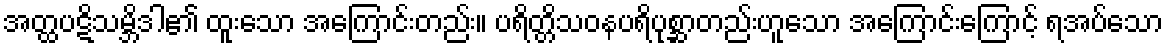
အတ္ထပဋိသမ္ဘိဒါ၏ ထူးသော အကြောင်းတည်း။ ပရိတ္တိသဝနပရိပုစ္ဆာတည်းဟူသော အကြောင်းကြောင့် ရအပ်သော